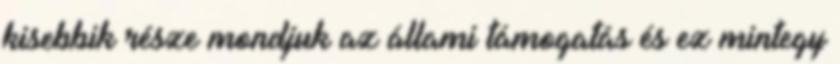
kisebbik része mondjuk az állami támogatás és ez mintegy